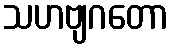
သဟဗျဂတော